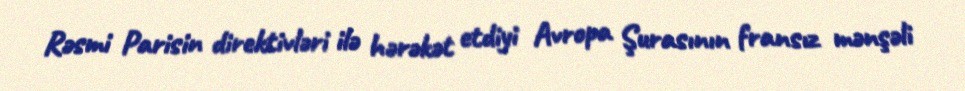
Rəsmi Parisin direktivləri ilə hərəkət etdiyi Avropa Şurasının fransız mənşəli